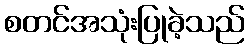
စတင်အသုံးပြုခဲ့သည်